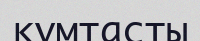
құмтасты